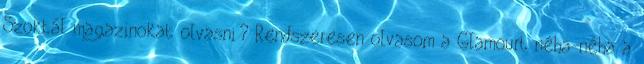
Szoktál magazinokat olvasni? Rendszeresen olvasom a Glamourt néha-néha a